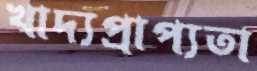
খাদ্যপ্রাপ্যতা